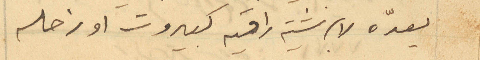
يعدّه لابرشية راقيه كبيروت او زحله